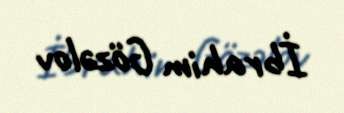
İbrahim Gözəlov